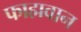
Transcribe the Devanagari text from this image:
फाह्मवान